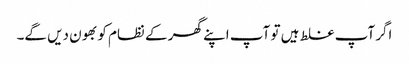
اگر آپ غلط ہیں تو آپ اپنے گھر کے نظام کو بھون دیں گے۔